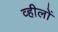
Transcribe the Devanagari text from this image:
व्हीलों